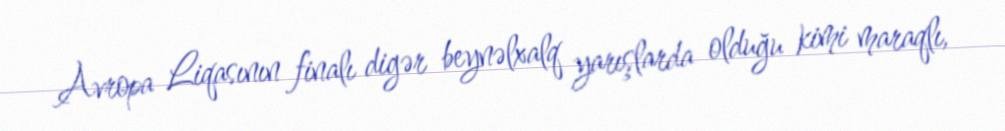
Avropa Liqasının finalı digər beynəlxalq yarışlarda olduğu kimi maraqlı,